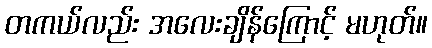
တကယ်လည်း အလေးချိန်ကြောင့် မဟုတ်။